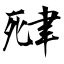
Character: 肂